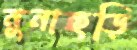
নুনাছড়ি